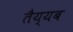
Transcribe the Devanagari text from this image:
तैय्यब